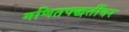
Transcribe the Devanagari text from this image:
गणितपद्धतींवर